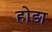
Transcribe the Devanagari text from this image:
होड़ा